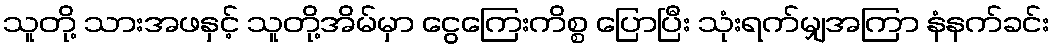
သူတို့ သားအဖနှင့် သူတို့အိမ်မှာ ငွေကြေးကိစ္စ ပြောပြီး သုံးရက်မျှအကြာ နံနက်ခင်း